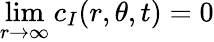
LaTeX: \operatorname*{lim}_{r\to\infty}c_{I}(r,\theta,t)=0